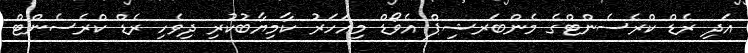
އަދި ރެޑް ކްރެސެންޓްގެ މެންބަރޝިޕް އެވޯޑް މިއަހަރު ކާމިޔާބުކުރި ދިވެހި ރެޑް ކްރެސެންޓް